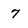
Character: 7